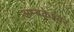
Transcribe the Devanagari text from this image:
अम्बकेश्वर